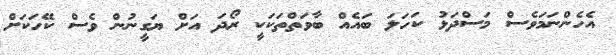
އެހެންނަމަވެސް މަސްދަޅު ކަހަލަ ބައެއް ބާވަތްތަކަކީ ރޯދަ އަށް ޔަގީނުން ވެސް ކޭހަކަށް